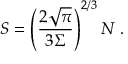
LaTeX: S = \left( \frac { 2 \sqrt { \pi } } { 3 \Sigma } \right) ^ { 2 / 3 } N ~ .